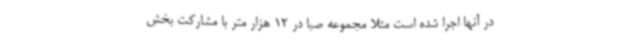
در آنها اجرا شده است مثلا مجموعه صبا در 12 هزار متر با مشارکت بخش